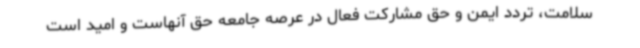
سلامت، تردد ایمن و حق مشارکت فعال در عرصه جامعه حق آنهاست و امید است